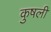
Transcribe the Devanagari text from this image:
कुषली